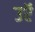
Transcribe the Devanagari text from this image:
उऍ